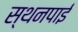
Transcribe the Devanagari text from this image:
स्थनपाई